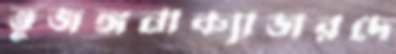
ভুজঙ্গনাক্যাডারদে